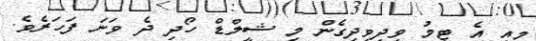
މިއީ އެ ޓީމު ވިދިވިދިގެން މި ޝީލްޑް ހޯދި ދެ ވަނަ ފަހަރެވެ.